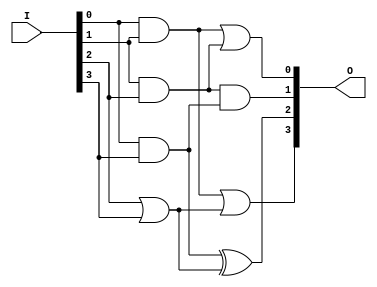
module GAL (
    input wire [N-1:0] I,         // N input signals
    output wire [M-1:0] O         // M output signals
);
    parameter N = 8;              // Number of inputs
    parameter M = 4;              // Number of outputs
    parameter P = 16;             // Number of product terms

    // Declare the product terms (AND array)
    wire [P-1:0] product_terms;
    
    // Example configuration for product terms
    // You would typically configure these based on your desired logic functions
    assign product_terms[0] = I[0] & I[1]; // AND I1 and I2
    assign product_terms[1] = I[1] & I[2]; // AND I2 and I3
    assign product_terms[2] = I[0] & I[3]; // AND I1 and I4
    assign product_terms[3] = I[2] | I[3]; // OR I3 and I4
    // ... add more product terms as needed

    // Fixed OR array for outputs
    assign O[0] = product_terms[0] | product_terms[1]; // Output O1
    assign O[1] = product_terms[1] & product_terms[2]; // Output O2
    assign O[2] = product_terms[2] ^ product_terms[3]; // Output O3
    assign O[3] = product_terms[0] | product_terms[3]; // Output O4

endmodule